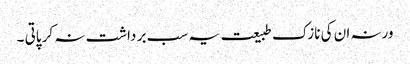
ورنہ ان کی نازک طبیعت یہ سب بر داشت نہ کر پاتی ۔